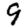
Digit: 9